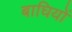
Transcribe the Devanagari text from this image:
बाघियों